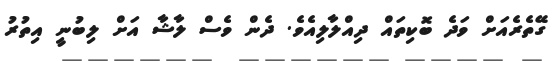
ގޭތެރެއަށް ވަދެ ބޮކިތައް ދިއްލާލިއެވެ. ދެން ވެސް ލާޝާ އަށް ލިބުނީ އިތުރު